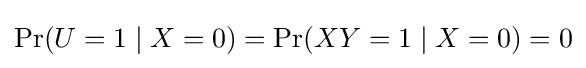
\Pr(U=1\mid X=0)=\Pr(XY=1\mid X=0)=0